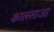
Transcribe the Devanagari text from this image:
कालसाजा